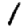
Digit: 1